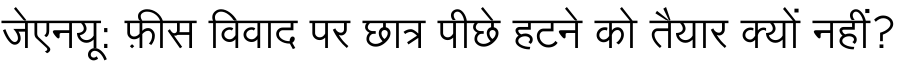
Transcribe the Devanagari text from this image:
जेएनयू: फ़ीस विवाद पर छात्र पीछे हटने को तैयार क्यों नहीं?